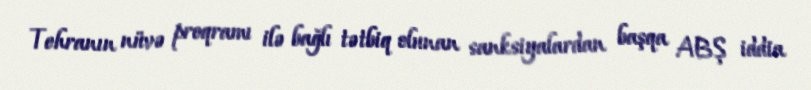
Tehranın nüvə proqramı ilə bağlı tətbiq olunan sanksiyalardan başqa ABŞ iddia